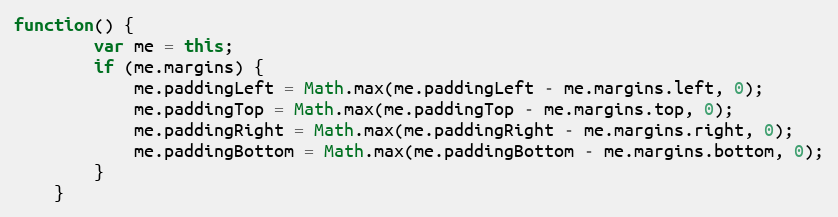
Language: JavaScript
function() {
		var me = this;
		if (me.margins) {
			me.paddingLeft = Math.max(me.paddingLeft - me.margins.left, 0);
			me.paddingTop = Math.max(me.paddingTop - me.margins.top, 0);
			me.paddingRight = Math.max(me.paddingRight - me.margins.right, 0);
			me.paddingBottom = Math.max(me.paddingBottom - me.margins.bottom, 0);
		}
	}